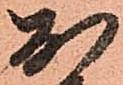
お